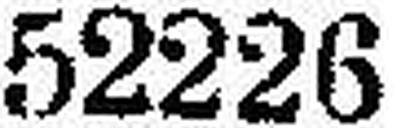
52226